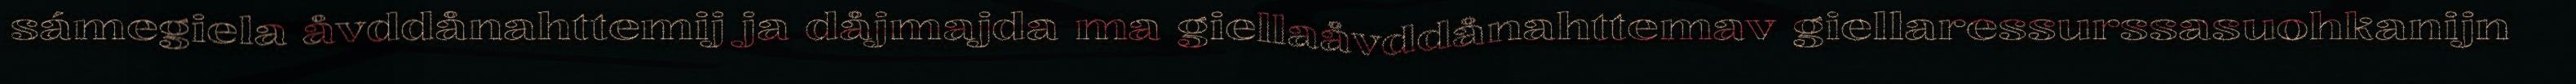
sámegiela åvddånahttemij ja dåjmajda ma giellaåvddånahttemav giellaressurssasuohkanijn